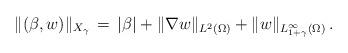
LaTeX: \begin{align*}\| (\beta, w) \|_{X_\gamma} \, = \, |\beta| + \| \nabla w\|_{L^2(\Omega)} + \| w \|_{L^\infty_{1+\gamma}(\Omega)}\,.\end{align*}